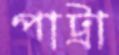
পাট্রা